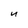
Character: U